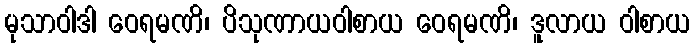
မုသာဝါဒါ ဝေရမဏိ၊ ပိသုဏာယဝါစာယ ဝေရမဏိ၊ ဒူလာယ ဝါစာယ